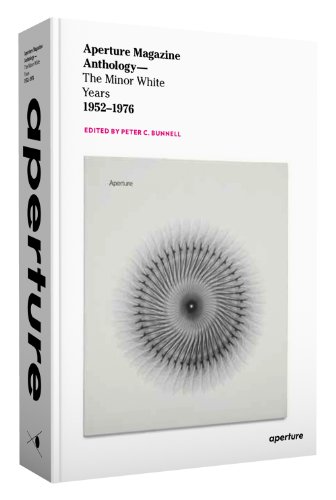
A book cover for Aperture Magazine Anthology: The Minor White Years, 1952-1976; Ansel Adams; Arts & Photography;